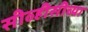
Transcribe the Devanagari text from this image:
सीव्हीसीच्या